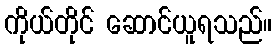
ကိုယ်တိုင် ဆောင်ယူရသည်။